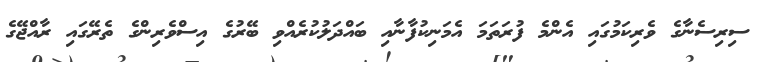
ސިރިސެނާގެ ވެރިކަމުގައި އެންމެ ފުރަތަމަ އެމަނިކުފާނާއި ބައްދަލުކުރެއްވި ބޭރުގެ އިސްވެރިންގެ ތެރޭގައި ރާއްޖޭގެ